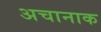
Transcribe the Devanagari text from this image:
अचानाक